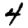
Digit: 4